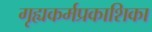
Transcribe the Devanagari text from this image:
गृह्यकर्मप्रकाशिका